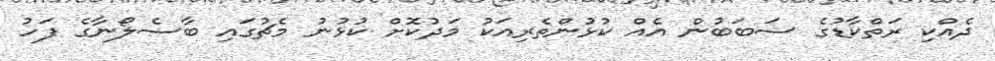
ދެއްކި ރަތްކާޑުގެ ސަބަބުން އެއް ކުޅުންތެރިއަކު މަދުކޮށް ކުޅުނު މެޗުގައި ބާސެލޯނާގެ ފަހު